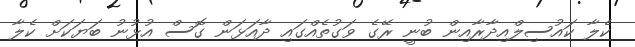
ކެލާ ކައުސިލްއިދާރާއިން ބުނީ ރޭގެ ވަގުތެއްގައި ދާއަޅަން ގޮސް އުޅުނު ބަޔަކަށް ކެލާ